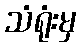
သံရုံးမှ